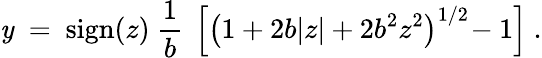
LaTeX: \mathit{y}~=~\mathrm{{sign}}(z)~\frac{{1}}{{b}}~\left[\left(1+2b|z|+2b^{2}z^{2}\right)^{1/2}\! -1\right]~.